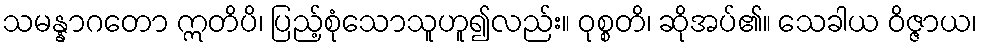
သမန္နာဂတော ဣတိပိ၊ ပြည့်စုံသောသူဟူ၍လည်း။ ဝုစ္စတိ၊ ဆိုအပ်၏။ သေခါယ ဝိဇ္ဇာယ၊